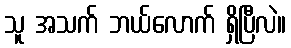
သူ အသက် ဘယ်လောက် ရှိပြီလဲ။